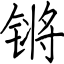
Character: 锵